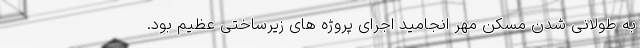
به طولانی شدن مسکن مهر انجامید اجرای پروژه های زیرساختی عظیم بود.